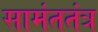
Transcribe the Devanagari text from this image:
सामंततंत्र